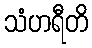
သံဟရီတိ